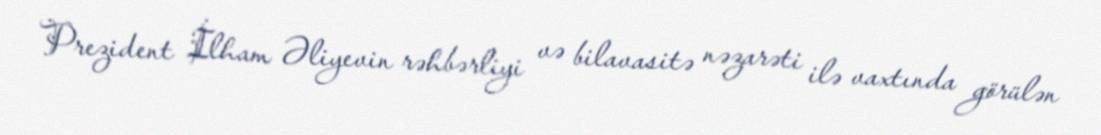
Prezident İlham Əliyevin rəhbərliyi və bilavasitə nəzarəti ilə vaxtında görülən